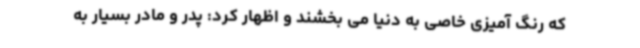
که رنگ آمیزی خاصی به دنیا می بخشند و اظهار کرد: پدر و مادر بسیار به